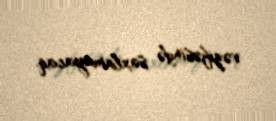
vəzifəsində saxlamayacaq.